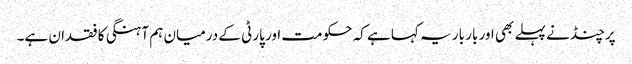
پرچنڈ نے پہلے بھی اور بار بار یہ کہا ہے کہ حکومت اور پارٹی کے درمیان ہم آہنگی کا فقدان ہے۔